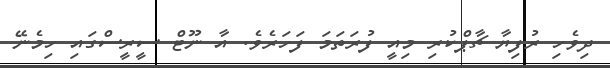
ދިވެހި ރުފިޔާ ޗާޕްކުރި މިއީ ފުރަތަމަ ފަހަރެވެ. އާ ނޫޓް ސީރީސްގައި ހިމެނޭ